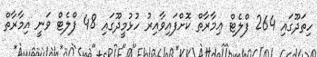
ހިތަދޫގައި 264 ފްލެޓް ޢިމާރާތް ކޮށްފައިވާއިރު ހުޅުމީދޫގައި 48 ފްލެޓް ވަނީ އިމާރާތް